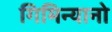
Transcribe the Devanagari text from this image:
गिमिन्यानो